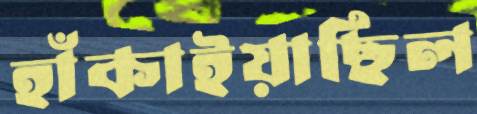
হাঁকাইয়াছিল